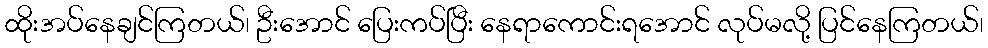
ထိုးအပ်နေချင်ကြတယ်၊ ဦးအောင် ပြေးကပ်ပြီး နေရာကောင်းရအောင် လုပ်မလို့ ပြင်နေကြတယ်၊